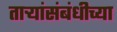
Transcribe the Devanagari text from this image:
तार्‍यांसंबंधीच्या